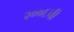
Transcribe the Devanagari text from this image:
२००६ची